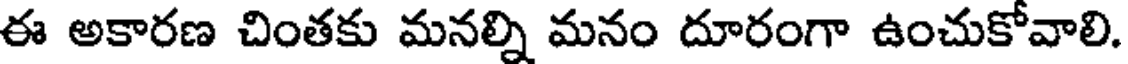
ఈ అకారణ చింతకు మనల్ని మనం దూరంగా ఉంచుకోవాలి.